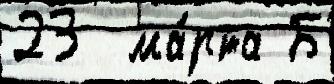
23  ма́рта Б